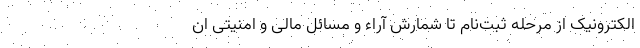
الکترونیک از مرحله ثبت‌نام تا شمارش آراء و مسائل مالی و امنیتی ان